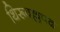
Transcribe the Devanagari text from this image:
थिरूवल्लपद